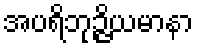
အပရိဘုဉ္ဇိယမာနာ